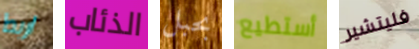
اربط الذئاب بحبل أستطيع فليتشير